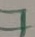
Text: 7